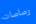
رصاصات